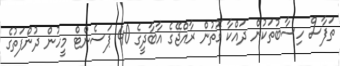
ތަފާސް ހިސާބުތަކުން ދައްކާ ގޮތުން ރާއްޖޭގެ އާބާދީގެ 40 ޕަސެންޓް މީހުން ދުންފަތުގެ